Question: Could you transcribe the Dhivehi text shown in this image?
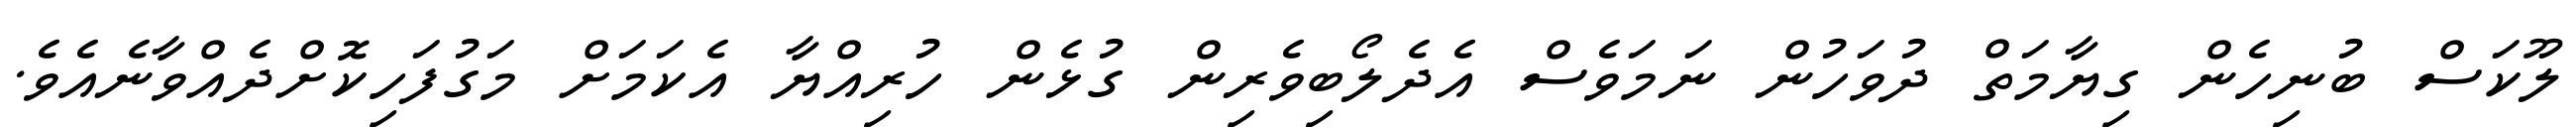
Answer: ލޫކަސް ބުނިހެން ގިޔާމަތް ދުވަހުން ނަމަވެސް އެދެލޯބިވެރިން ގުޅެން ހުރިއްޔާ އެކަމަށް މަގުފަހިކޮށްދެއްވާނެއެވެ.